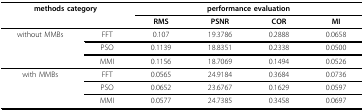
| <COLSPAN=2> methods category | <COLSPAN=4> performance evaluation |
 |  |  | RMS | PSNR | COR | MI |
 | --- | --- | --- | --- | --- | --- |
 | without MMBs | FFT | 0.107 | 19.3786 | 0.2888 | 0.0658 |
 |  | PSO | 0.1139 | 18.8351 | 0.2338 | 0.0500 |
 |  | MMI | 0.1156 | 18.7069 | 0.1494 | 0.0526 |
 | with MMBs | FFT | 0.0565 | 24.9184 | 0.3684 | 0.0736 |
 |  | PSO | 0.0652 | 23.6767 | 0.1629 | 0.0597 |
 |  | MMI | 0.0577 | 24.7385 | 0.3458 | 0.0697 |